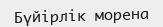
Бүйірлік морена